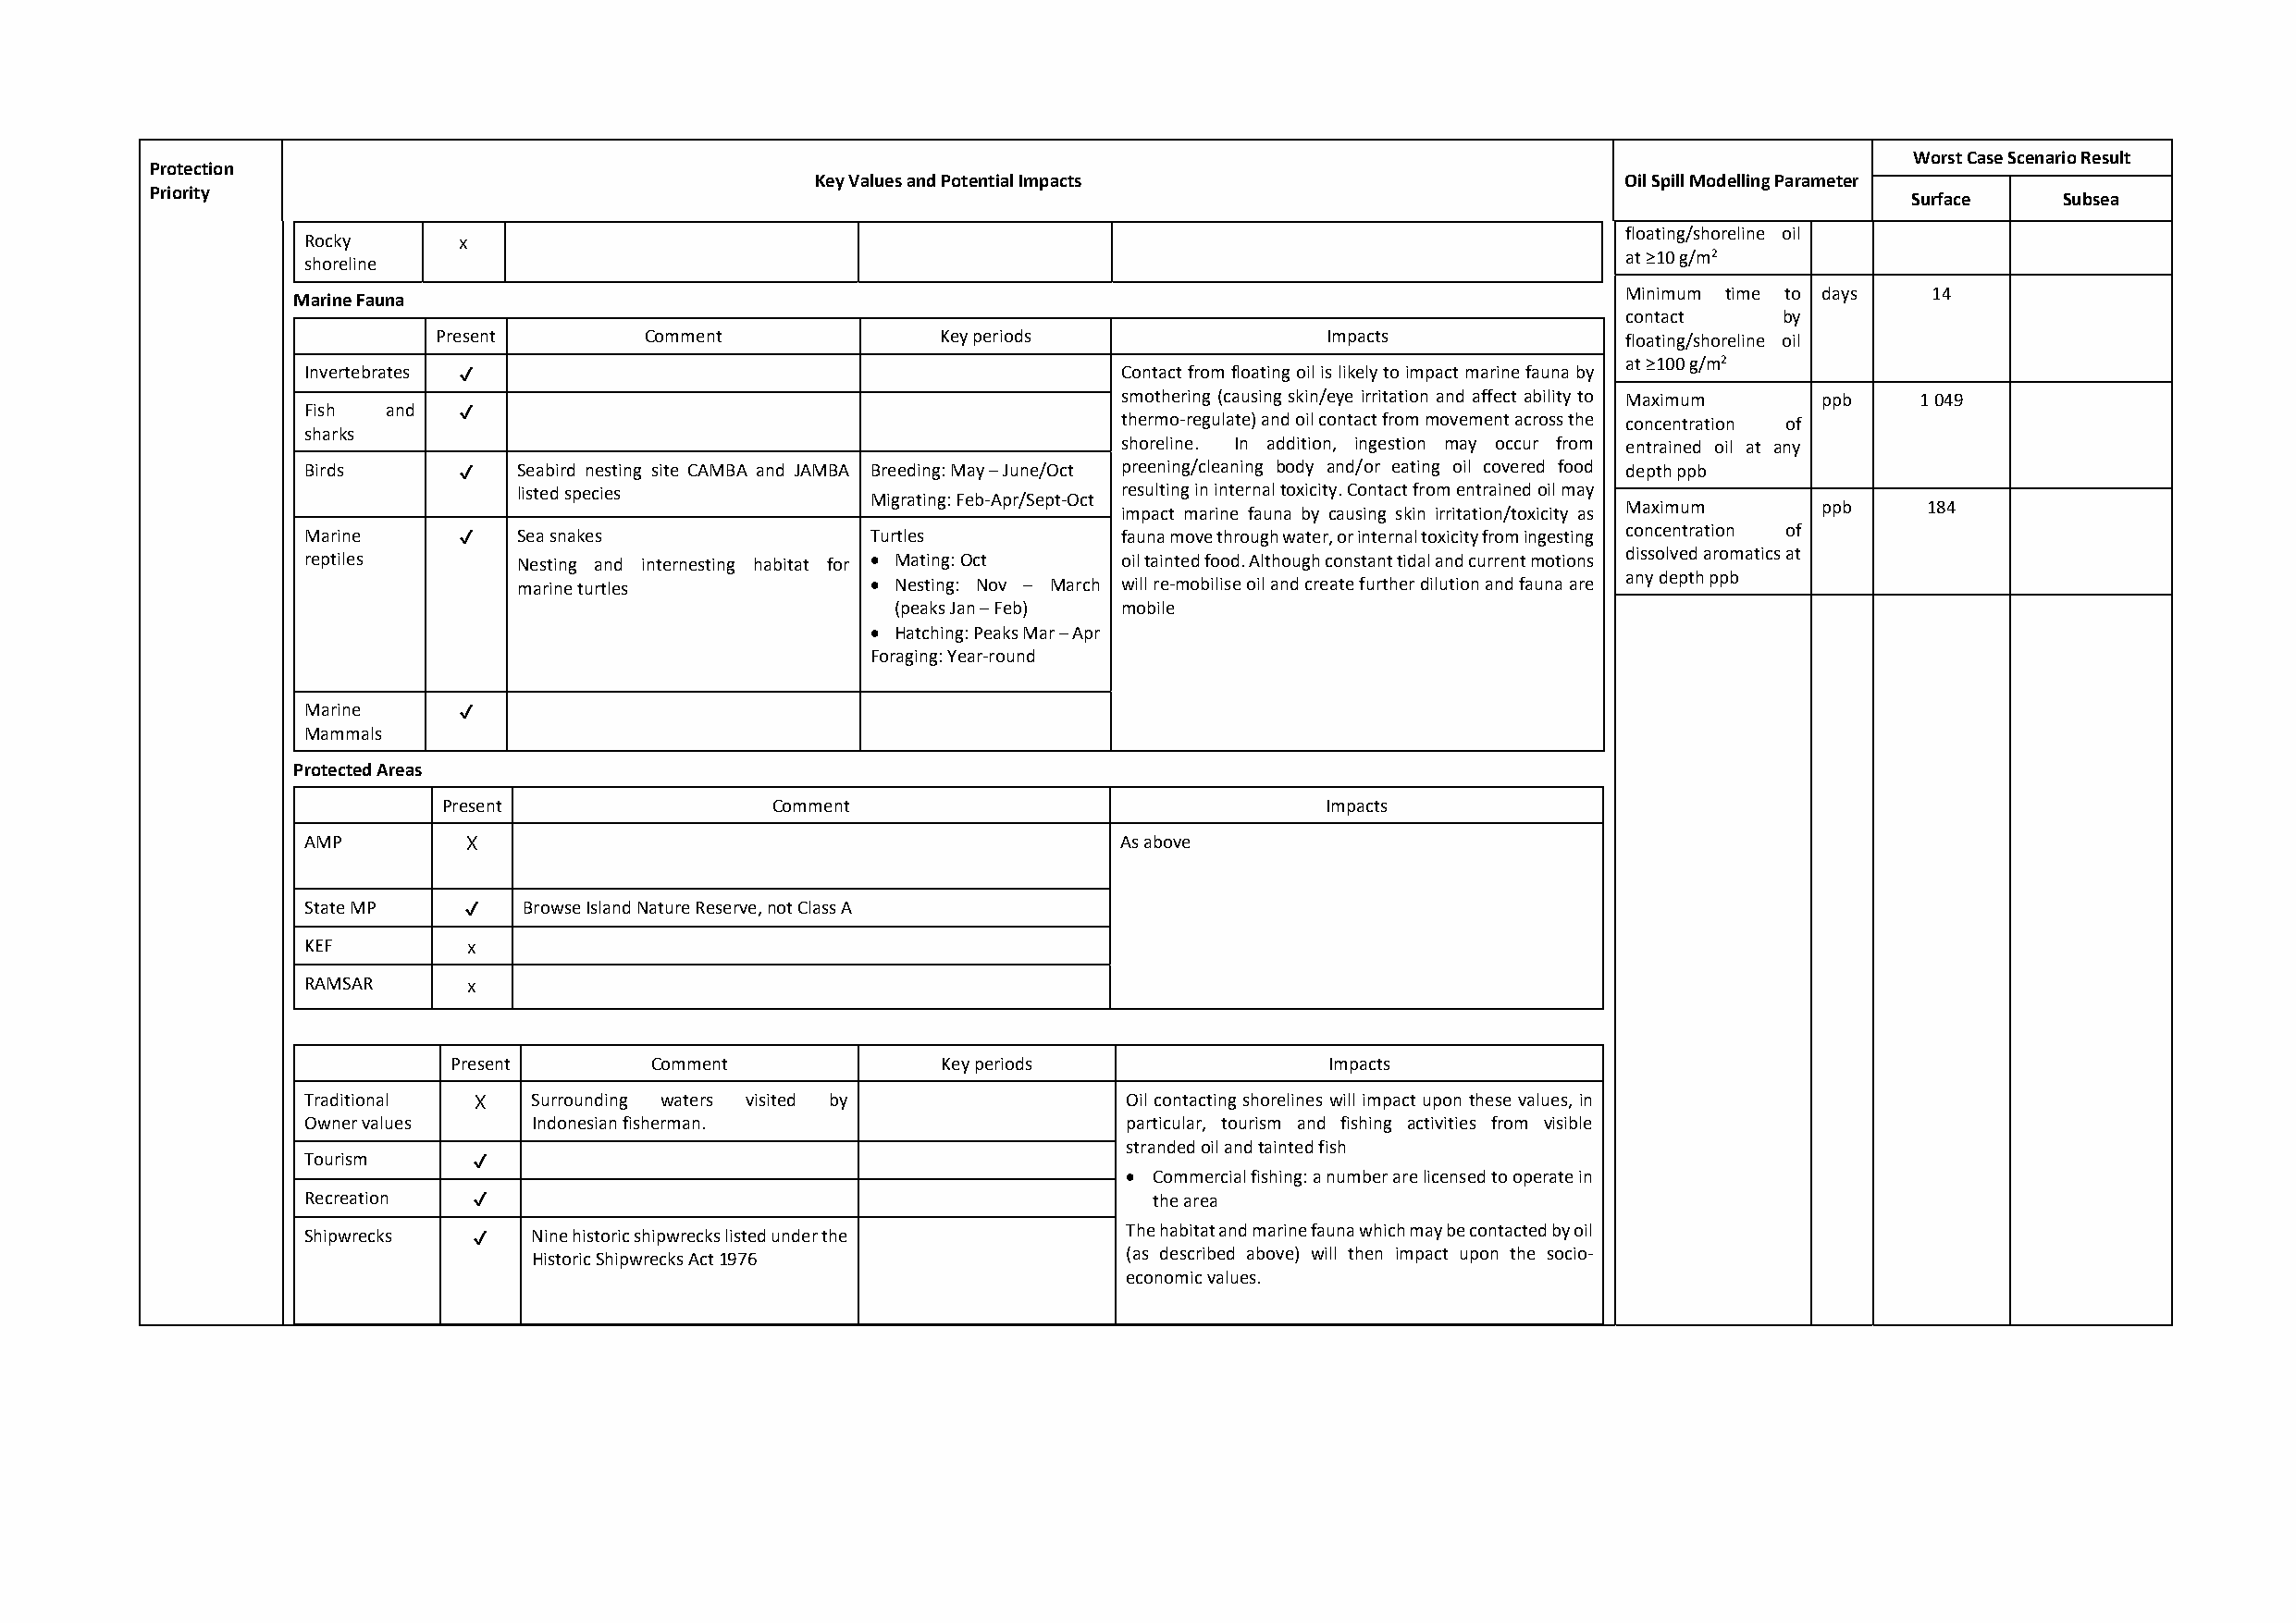
Worst Case Scenario Result
 Protection
 Key Values and Potential Impacts                          Oil Spill Modelling Parameter
 Priority
 Surface    Subsea
 floating/shoreline oil
 Rocky      x
 at ≥10 g/m2
 shoreline
 Minimum time to days  14
 Marine Fauna
 contact     by
 Present        Comment              Key periods                 Impacts              floating/shoreline oil
 at ≥100 g/m2
 Invertebrates ✔                                          Contact from floating oil is likely to impact marine fauna by
 smothering (causing skin/eye irritation and affect ability to Maximum ppb 1 049
 Fish  and  ✔
 thermo‐regulate) and oil contact from movement across the concentration of
 sharks
 shoreline. In addition, ingestion may occur from entrained oil at any
 Birds      ✔   Seabird nesting site CAMBA and JAMBA Breeding: May – June/Oct preening/cleaning body and/or eating oil covered food depth ppb
 listed species           Migrating: Feb‐Apr/Sept‐Oct resulting in internal toxicity. Contact from entrained oil may
 Maximum       ppb     184
 impact marine fauna by causing skin irritation/toxicity as
 Marine     ✔   Sea snakes               Turtles           fauna move through water, or internal toxicity from ingesting concentration of
 reptiles       Nesting and internesting habitat for  Mating: Oct oil tainted food. Although constant tidal and current motions dissolved aromatics at
 any depth ppb
 marine turtles            Nesting: Nov – March will re‐mobilise oil and create further dilution and fauna are
 (peaks Jan – Feb) mobile
  Hatching: Peaks Mar – Apr
 Foraging: Year‐round
 Marine     ✔
 Mammals
 Protected Areas
 Present                Comment                                 Impacts
 AMP        X                                             As above
 State MP   ✔   Browse Island Nature Reserve, not Class A
 KEF        x
 RAMSAR     x
 Present        Comment             Key periods                 Impacts
 Traditional X  Surrounding waters visited by              Oil contacting shorelines will impact upon these values, in
 Owner values    Indonesian fisherman.                      particular, tourism and fishing activities from visible
 stranded oil and tainted fish
 Tourism     ✔
  Commercial fishing: a number are licensed to operate in
 Recreation  ✔                                               the area
 Shipwrecks  ✔   Nine historic shipwrecks listed under the  The habitat and marine fauna which may be contacted by oil
 Historic Shipwrecks Act 1976               (as described above) will then impact upon the socio‐
 economic values.